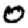
Digit: 0